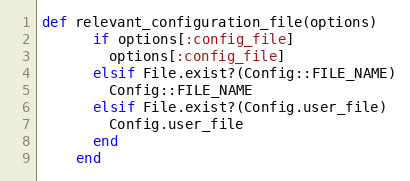
Language: Ruby
def relevant_configuration_file(options)
      if options[:config_file]
        options[:config_file]
      elsif File.exist?(Config::FILE_NAME)
        Config::FILE_NAME
      elsif File.exist?(Config.user_file)
        Config.user_file
      end
    end